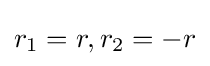
r_{1}=r,r_{2}=-r\,\!